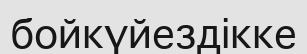
бойкүйездікке